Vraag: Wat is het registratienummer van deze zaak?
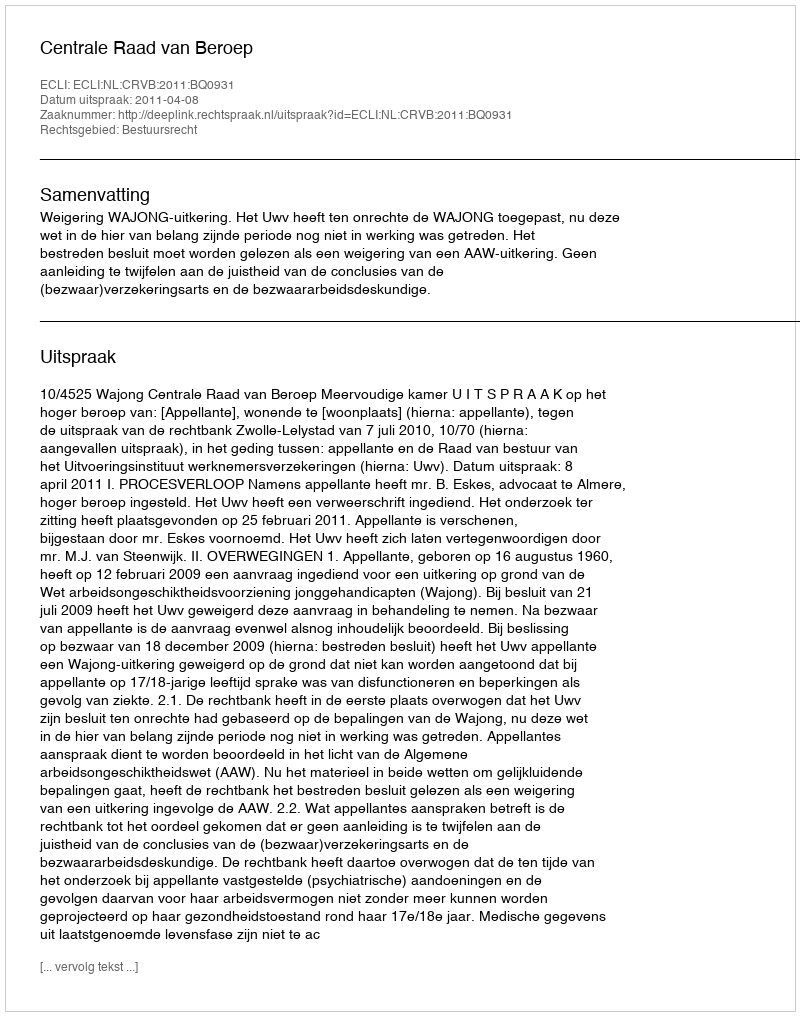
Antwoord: http://deeplink.rechtspraak.nl/uitspraak?id=ECLI:NL:CRVB:2011:BQ0931